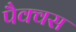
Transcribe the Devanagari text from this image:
पैक्वस